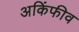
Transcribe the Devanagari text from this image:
अकिंफीव